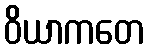
ဝိယာကတေ